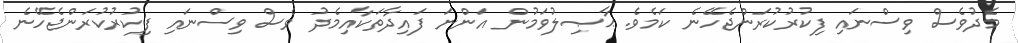
މެދުވެސް ވިސްނައި ފިކުރުކުރަންޖެހޭނެ ކަމެވެ. ޙާޞިލުވަމުން އަންނަ ފައިދާތަކާއިމެދު ވެސް ވިސްނައި ފިކުރުކުރަންޖެހޭނެ